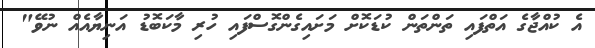
އެ ކުއްޖާގެ އަތްފައި ތަންތަން ކުޑަކޮށް މަށައިގެންގޮސްފައި ހުރި މާކަބޮޑު އަނިޔާއެއް ނުވޭ"